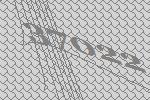
37022